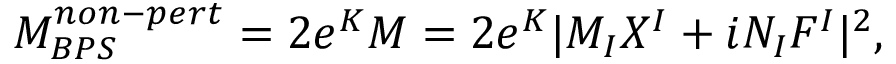
{ \cal M } _ { B P S } ^ { n o n - p e r t } = 2 e ^ { K } { \cal M } = { 2 } e ^ { K } | M _ { I } X ^ { I } + i N _ { I } F ^ { I } | ^ { 2 } ,